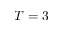
T = 3